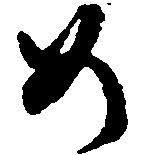
め